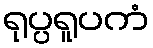
ရုပ္ပရူပကံ